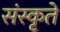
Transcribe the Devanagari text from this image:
संस्कृते